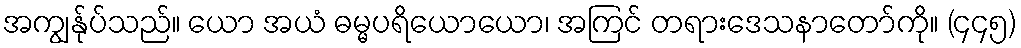
အကျွန်ုပ်သည်။ ယော အယံ ဓမ္မပရိယောယော၊ အကြင် တရားဒေသနာတော်ကို။ (၄၄၅)